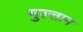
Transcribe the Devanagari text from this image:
मुल्‍तान